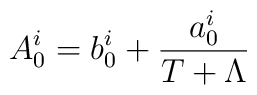
A^{i}_{0}=b^{i}_{0}+\frac{a^{i}_{0}}{T+\Lambda}